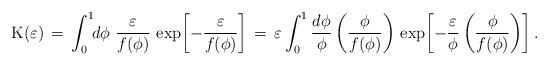
LaTeX: \begin{align*}{\rm K}(\varepsilon) \,=\, \int_{0}^{1}\!\!d\phi\,\,\frac{ \varepsilon}{f(\phi)}\, \exp{\!\left[-\frac{\varepsilon}{f(\phi)}\right]} \,=\, \varepsilon \int_0^1 \frac{d\phi}{\phi}\left(\frac{\phi}{f(\phi)}\right) \, \exp{\!\left[-\frac{\varepsilon}{\phi}\left(\frac{\phi}{f(\phi)}\right)\right]}\,. \end{align*}